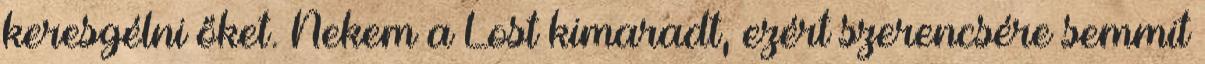
keresgélni őket. Nekem a Lost kimaradt, ezért szerencsére semmit